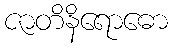
ဇာတိနိရောဓော